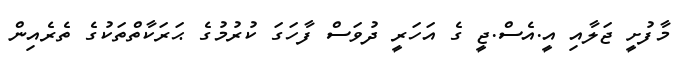
މާފުށީ ޖަލާއި އީ.އެސް.ޖީ ގެ އަހަރީ ދުވަސް ފާހަގަ ކުރުމުގެ ޙަރަކާތްތަކުގެ ތެރެއިން